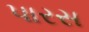
પારસ